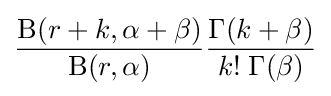
{\frac {\mathrm {B} (r+k,\alpha +\beta )}{\mathrm {B} (r,\alpha )}}{\frac {\Gamma (k+\beta )}{k!\;\Gamma (\beta )}}